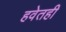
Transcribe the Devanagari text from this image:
हवेतही